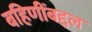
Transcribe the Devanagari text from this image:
बहिणींबद्दल